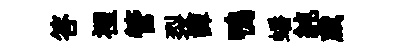
答裡管裂譚鴨蟠純歲